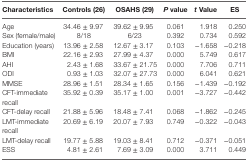
| Characteristics | Controls (26) | OSAHS (29) | P value | t Value | ES |
 | --- | --- | --- | --- | --- | --- |
 | Age | 34.46 ± 9.97 | 39.62 ± 9.95 | 0.061 | 1.918 | 0.250 |
 | Sex (female/male) | 8/18 | 6/23 | 0.392 | 0.734 | 0.592 |
 | Education (years) | 13.96 ± 2.58 | 12.67 ± 3.17 | 0.103 | −1.658 | −0.218 |
 | BMI | 22.16 ± 2.93 | 27.99 ± 4.37 | 0.000 | 5.749 | 0.617 |
 | AHI | 2.43 ± 1.68 | 33.67 ± 21.75 | 0.000 | 7.706 | 0.711 |
 | ODI | 0.93 ± 1.03 | 32.07 ± 27.73 | 0.000 | 6.041 | 0.621 |
 | MMSE | 28.96 ± 1.51 | 28.34 ± 1.65 | 0.156 | −1.439 | −0.192 |
 | CFT-immediate recall | 35.92 ± 0.39 | 35.17 ± 1.00 | 0.001 | −3.727 | −0.442 |
 | CFT-delay recall | 21.88 ± 5.96 | 18.48 ± 7.41 | 0.068 | −1.862 | −0.245 |
 | LMT-immediate recall | 20.69 ± 6.19 | 20.07 ± 7.93 | 0.749 | −0.322 | −0.043 |
 | LMT-delay recall | 19.77 ± 5.88 | 19.03 ± 8.41 | 0.712 | −0.371 | −0.051 |
 | ESS | 4.81 ± 2.61 | 7.69 ± 3.09 | 0.000 | 3.711 | 0.449 |